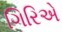
ગિરિએ